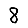
Digit: 8